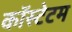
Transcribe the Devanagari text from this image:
कॉस्टेटम